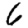
Digit: 6